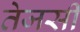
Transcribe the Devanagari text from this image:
तेजसी